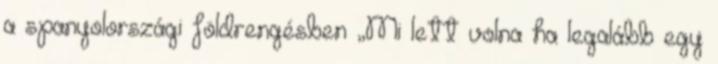
a spanyolországi földrengésben „Mi lett volna ha legalább egy